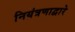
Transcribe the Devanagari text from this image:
नियंत्रणाद्वारे